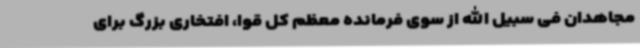
مجاهدان فی سبیل الله از سوی فرمانده معظم کل قوا، افتخاری بزرگ برای